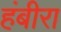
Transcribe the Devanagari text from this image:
हंबीरा